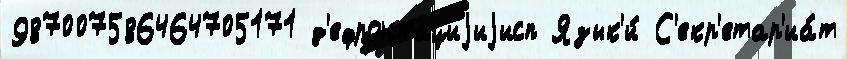
987007586464705171 д'ефронтациjиjисп Язык'и́ С'екр'етар'иа́т